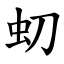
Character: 虭